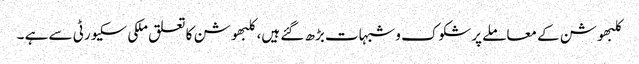
کلبھوشن کے معاملے پرشکوک وشبہات بڑھ گئے ہیں، کلبھوشن کا تعلق ملکی سکیورٹی سے ہے ۔